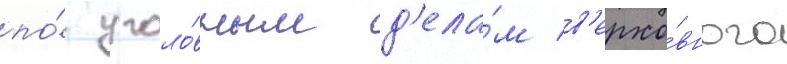
по́ уголо́вным д'ела́м в'ерхо́вного